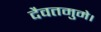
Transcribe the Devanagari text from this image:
दैवतमुमे।